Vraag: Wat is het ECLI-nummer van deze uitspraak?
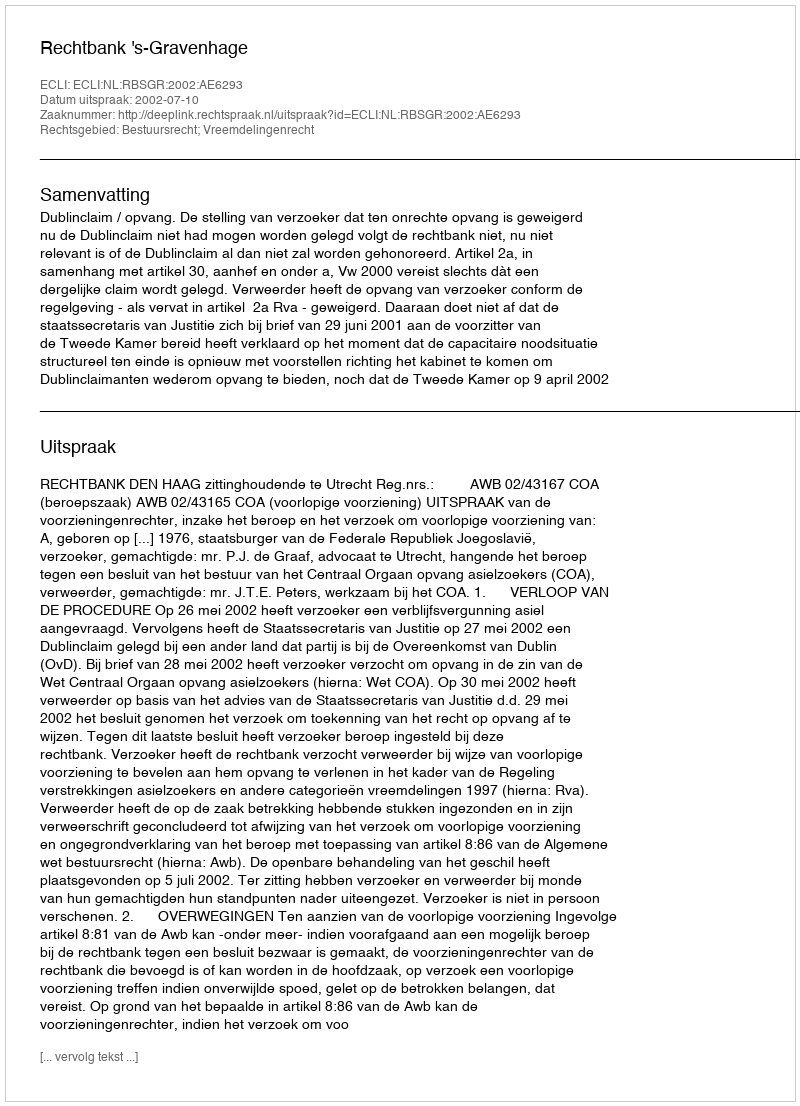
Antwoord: ECLI:NL:RBSGR:2002:AE6293